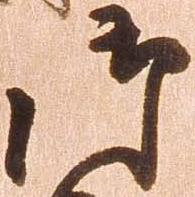
御